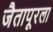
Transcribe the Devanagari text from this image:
जैतापूरला